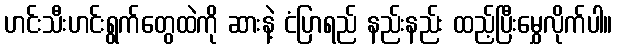
ဟင်းသီးဟင်းရွက်တွေထဲကို ဆားနဲ့ ငံပြာရည် နည်းနည်း ထည့်ပြီးမွှေလိုက်ပါ။